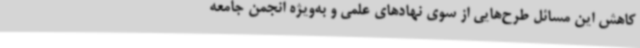
کاهش این مسائل طرح‌هایی از سوی نهادهای علمی و به‌ویژه انجمن جامعه